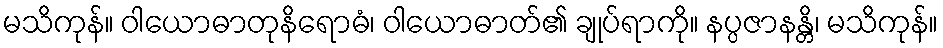
မသိကုန်။ ဝါယောဓာတုနိရောဓံ၊ ဝါယောဓာတ်၏ ချုပ်ရာကို။ နပ္ပဇာနန္တိ၊ မသိကုန်။